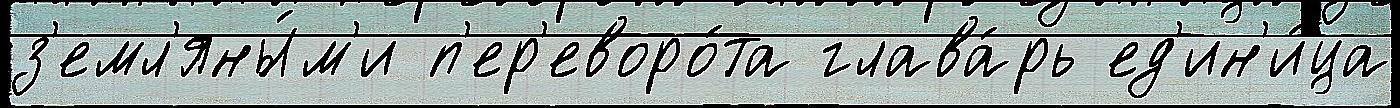
з'емл'яны́м'и п'ер'еворо́та глава́рь ед'ин'и́ца